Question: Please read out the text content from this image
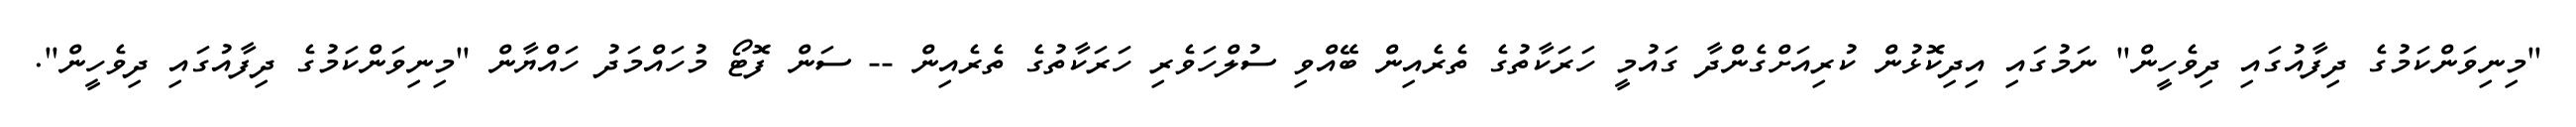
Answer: "މިނިވަންކަމުގެ ދިފާއުގައި ދިވެހީން" ނަމުގައި އިދިކޮޅުން ކުރިއަށްގެންދާ ގައުމީ ހަރަކާތުގެ ތެރެއިން ބޭއްވި ސުލްހަވެރި ހަރަކާތުގެ ތެރެއިން -- ސަން ފޮޓޯ މުހައްމަދު ހައްޔާން "މިނިވަންކަމުގެ ދިފާއުގައި ދިވެހީން".